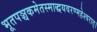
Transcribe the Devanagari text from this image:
भूतपञ्चकमेतस्माद्धयवरण्महेश्वरात्।